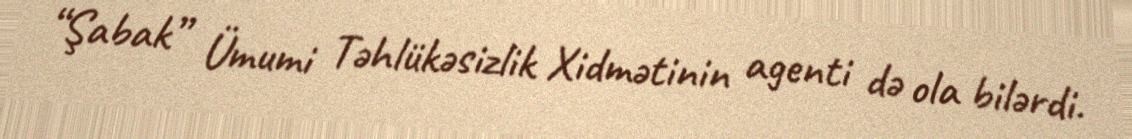
“Şabak” Ümumi Təhlükəsizlik Xidmətinin agenti də ola bilərdi.